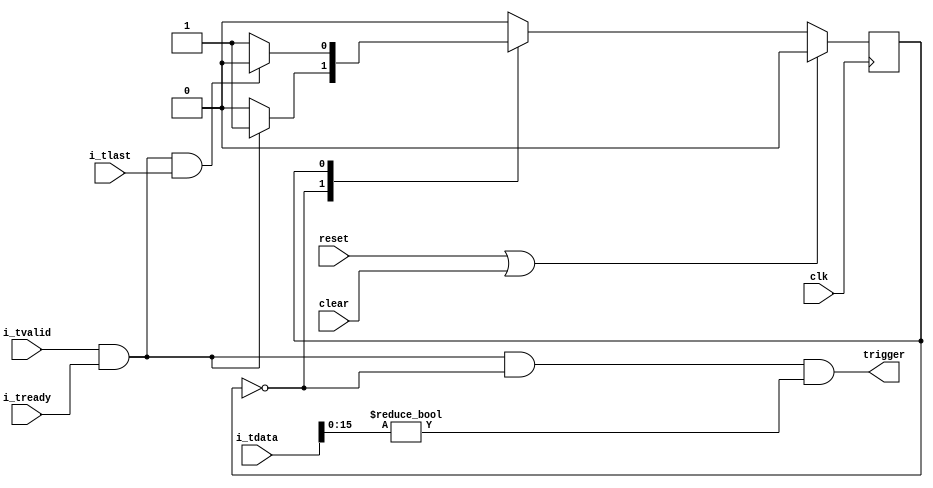

// Copyright 2014 Ettus Research LLC
// Copyright 2018 Ettus Research, a National Instruments Company
//
// SPDX-License-Identifier: LGPL-3.0-or-later


module axi_chdr_header_trigger
  #(
    parameter WIDTH=64,
    parameter SID=0
   )
    (input clk, input reset, input clear,
     input [WIDTH-1:0] i_tdata, input i_tlast, input i_tvalid, input i_tready,
     output trigger
     );

   
   reg 	  state;
   localparam IDLE = 0;
   localparam RUN  = 1;
 

   always @(posedge clk)
     if(reset | clear)
       state <= IDLE;
     else
       case (state)
	 IDLE :
	   if(i_tvalid && i_tready)
	     state <= RUN;

	 RUN :
	   if(i_tready && i_tvalid && i_tlast)	    
	     state <= IDLE;

	 default :
	   state <= IDLE;
       endcase // case (state)

   assign     trigger =  i_tvalid && i_tready && (state == IDLE) && (i_tdata[15:0] != SID);

endmodule // axi_chdr_header_trigger